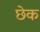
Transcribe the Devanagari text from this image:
छेक